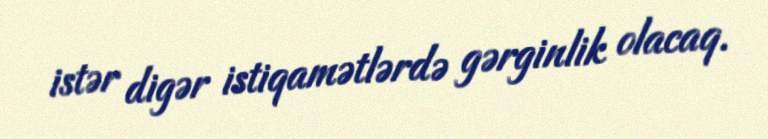
istər digər istiqamətlərdə gərginlik olacaq.